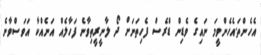
އެހެންތަ.އެހެންވީމަ ނައިގެ ވެޑިން ޑްރެސް ފެހިތަނަށް ދޯ ލާނީރީތިވާނެ ފަހާލެެއް އަނެއްކާ އަވަސްވާނެ